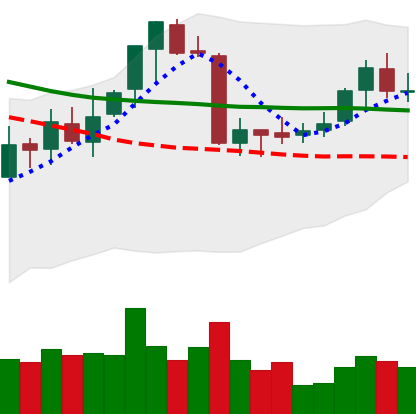
Ticker: ETC-USD
Chart end date: 2018-07-19
Forward return: -4.401%
Label: down_3_5